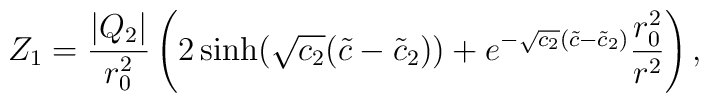
Z_1 = \frac{ |Q_2|}{r_0^2}   \left( 2 \sinh ( \sqrt{c_2}     ( \tilde{c} - \tilde{c}_2 )  )   + e^{- \sqrt{c_2} ( \tilde{c} - \tilde{c}_2 )}     \frac{r_0^2}{r^2}  \right) ,